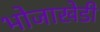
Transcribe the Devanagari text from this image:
भोजाखेडी